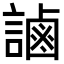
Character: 𧫓